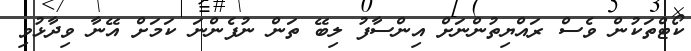
ކޯޓްތަކުން ވެސް ރައްޔިތުންނަށް އިންސާފު ލިބޭ ތަން ނުފެންނަ ކަމަށް އޭނާ ވިދާޅުވި